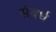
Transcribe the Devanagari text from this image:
संबर्ध